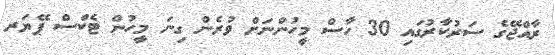
ރާއްޖޭގެ ސަރުކާރުގައި 30 ހާސް މީހުންނަށް ވުރެން ގިނަ މީހުން ޓެކްސް ޕޭޔަރ